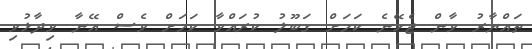
ތައްޔާރު ވާން ޖެހޭނެ ކަމަށް ގަބޫލު ކުރައްވާ ކަމަށް ވެސް އޭނާ ވިދާޅުވި